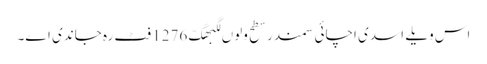
اس ویلے اسدی اچائی سمندر سطح ولوں لگبھگّ 1276 فٹ رہ جاندی اے۔